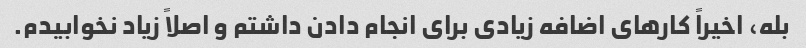
بله، اخیراً کارهای اضافه زیادی برای انجام دادن داشتم و اصلاً زیاد نخوابیدم.